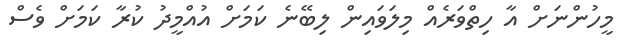
މީހުންނަށް އާ ހިތްވަރެއް މިލަވައިން ލިބޭނެ ކަމަށް އުއްމީދު ކުރާ ކަމަށް ވެސް